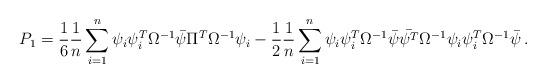
LaTeX: \begin{align*}P_1 = \frac{1}{6} \frac{1}{n}\sum_{i=1}^n \psi_i \psi_i^T\Omega^{-1}\bar{\psi}\Pi^T\Omega^{-1}\psi_i - \frac{1}{2} \frac{1}{n}\sum_{i=1}^n \psi_i \psi_i^T\Omega^{-1}\bar{\psi}\bar{\psi^T}\Omega^{-1}\psi_i \psi_i^T\Omega^{-1}\bar{\psi} \,.\end{align*}